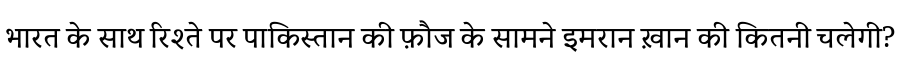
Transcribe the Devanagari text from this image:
भारत के साथ रिश्ते पर पाकिस्तान की फ़ौज के सामने इमरान ख़ान की कितनी चलेगी?